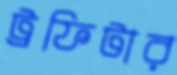
ট্রফিটার